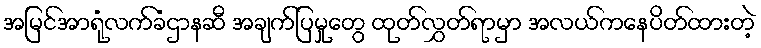
အမြင်အာရုံလက်ခံဌာနဆီ အချက်ပြမှုတွေ ထုတ်လွှတ်ရာမှာ အလယ်ကနေပိတ်ထားတဲ့